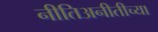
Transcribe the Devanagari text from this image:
नीतिअनीतीच्या